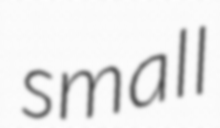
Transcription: small